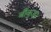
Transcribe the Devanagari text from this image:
बाँकुडा